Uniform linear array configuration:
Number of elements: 24
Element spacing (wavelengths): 1
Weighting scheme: kaiser
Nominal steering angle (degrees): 30
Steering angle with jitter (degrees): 31.114
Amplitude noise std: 0.05
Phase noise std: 0.05

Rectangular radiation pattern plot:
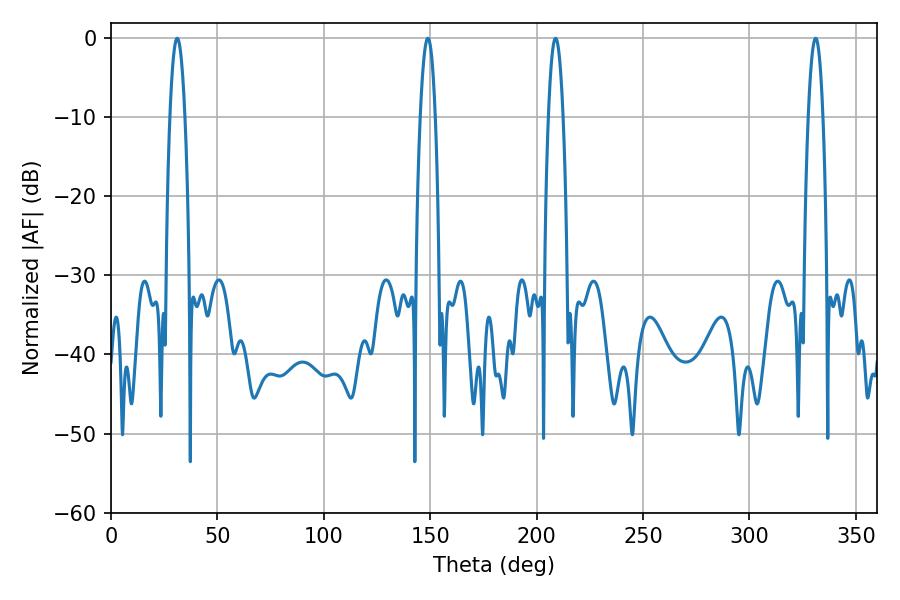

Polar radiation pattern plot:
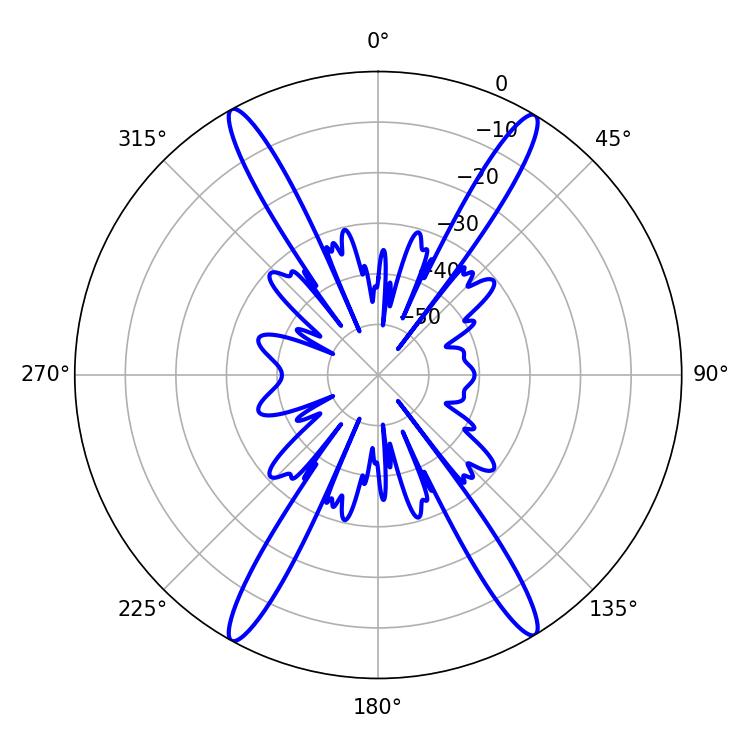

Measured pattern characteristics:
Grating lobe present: TRUE
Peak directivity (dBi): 24.876
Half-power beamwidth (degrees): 3.96
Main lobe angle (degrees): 31.14